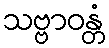
သဗ္ဗာဝန္တံ